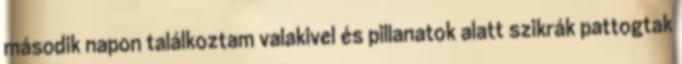
második napon találkoztam valakivel és pillanatok alatt szikrák pattogtak